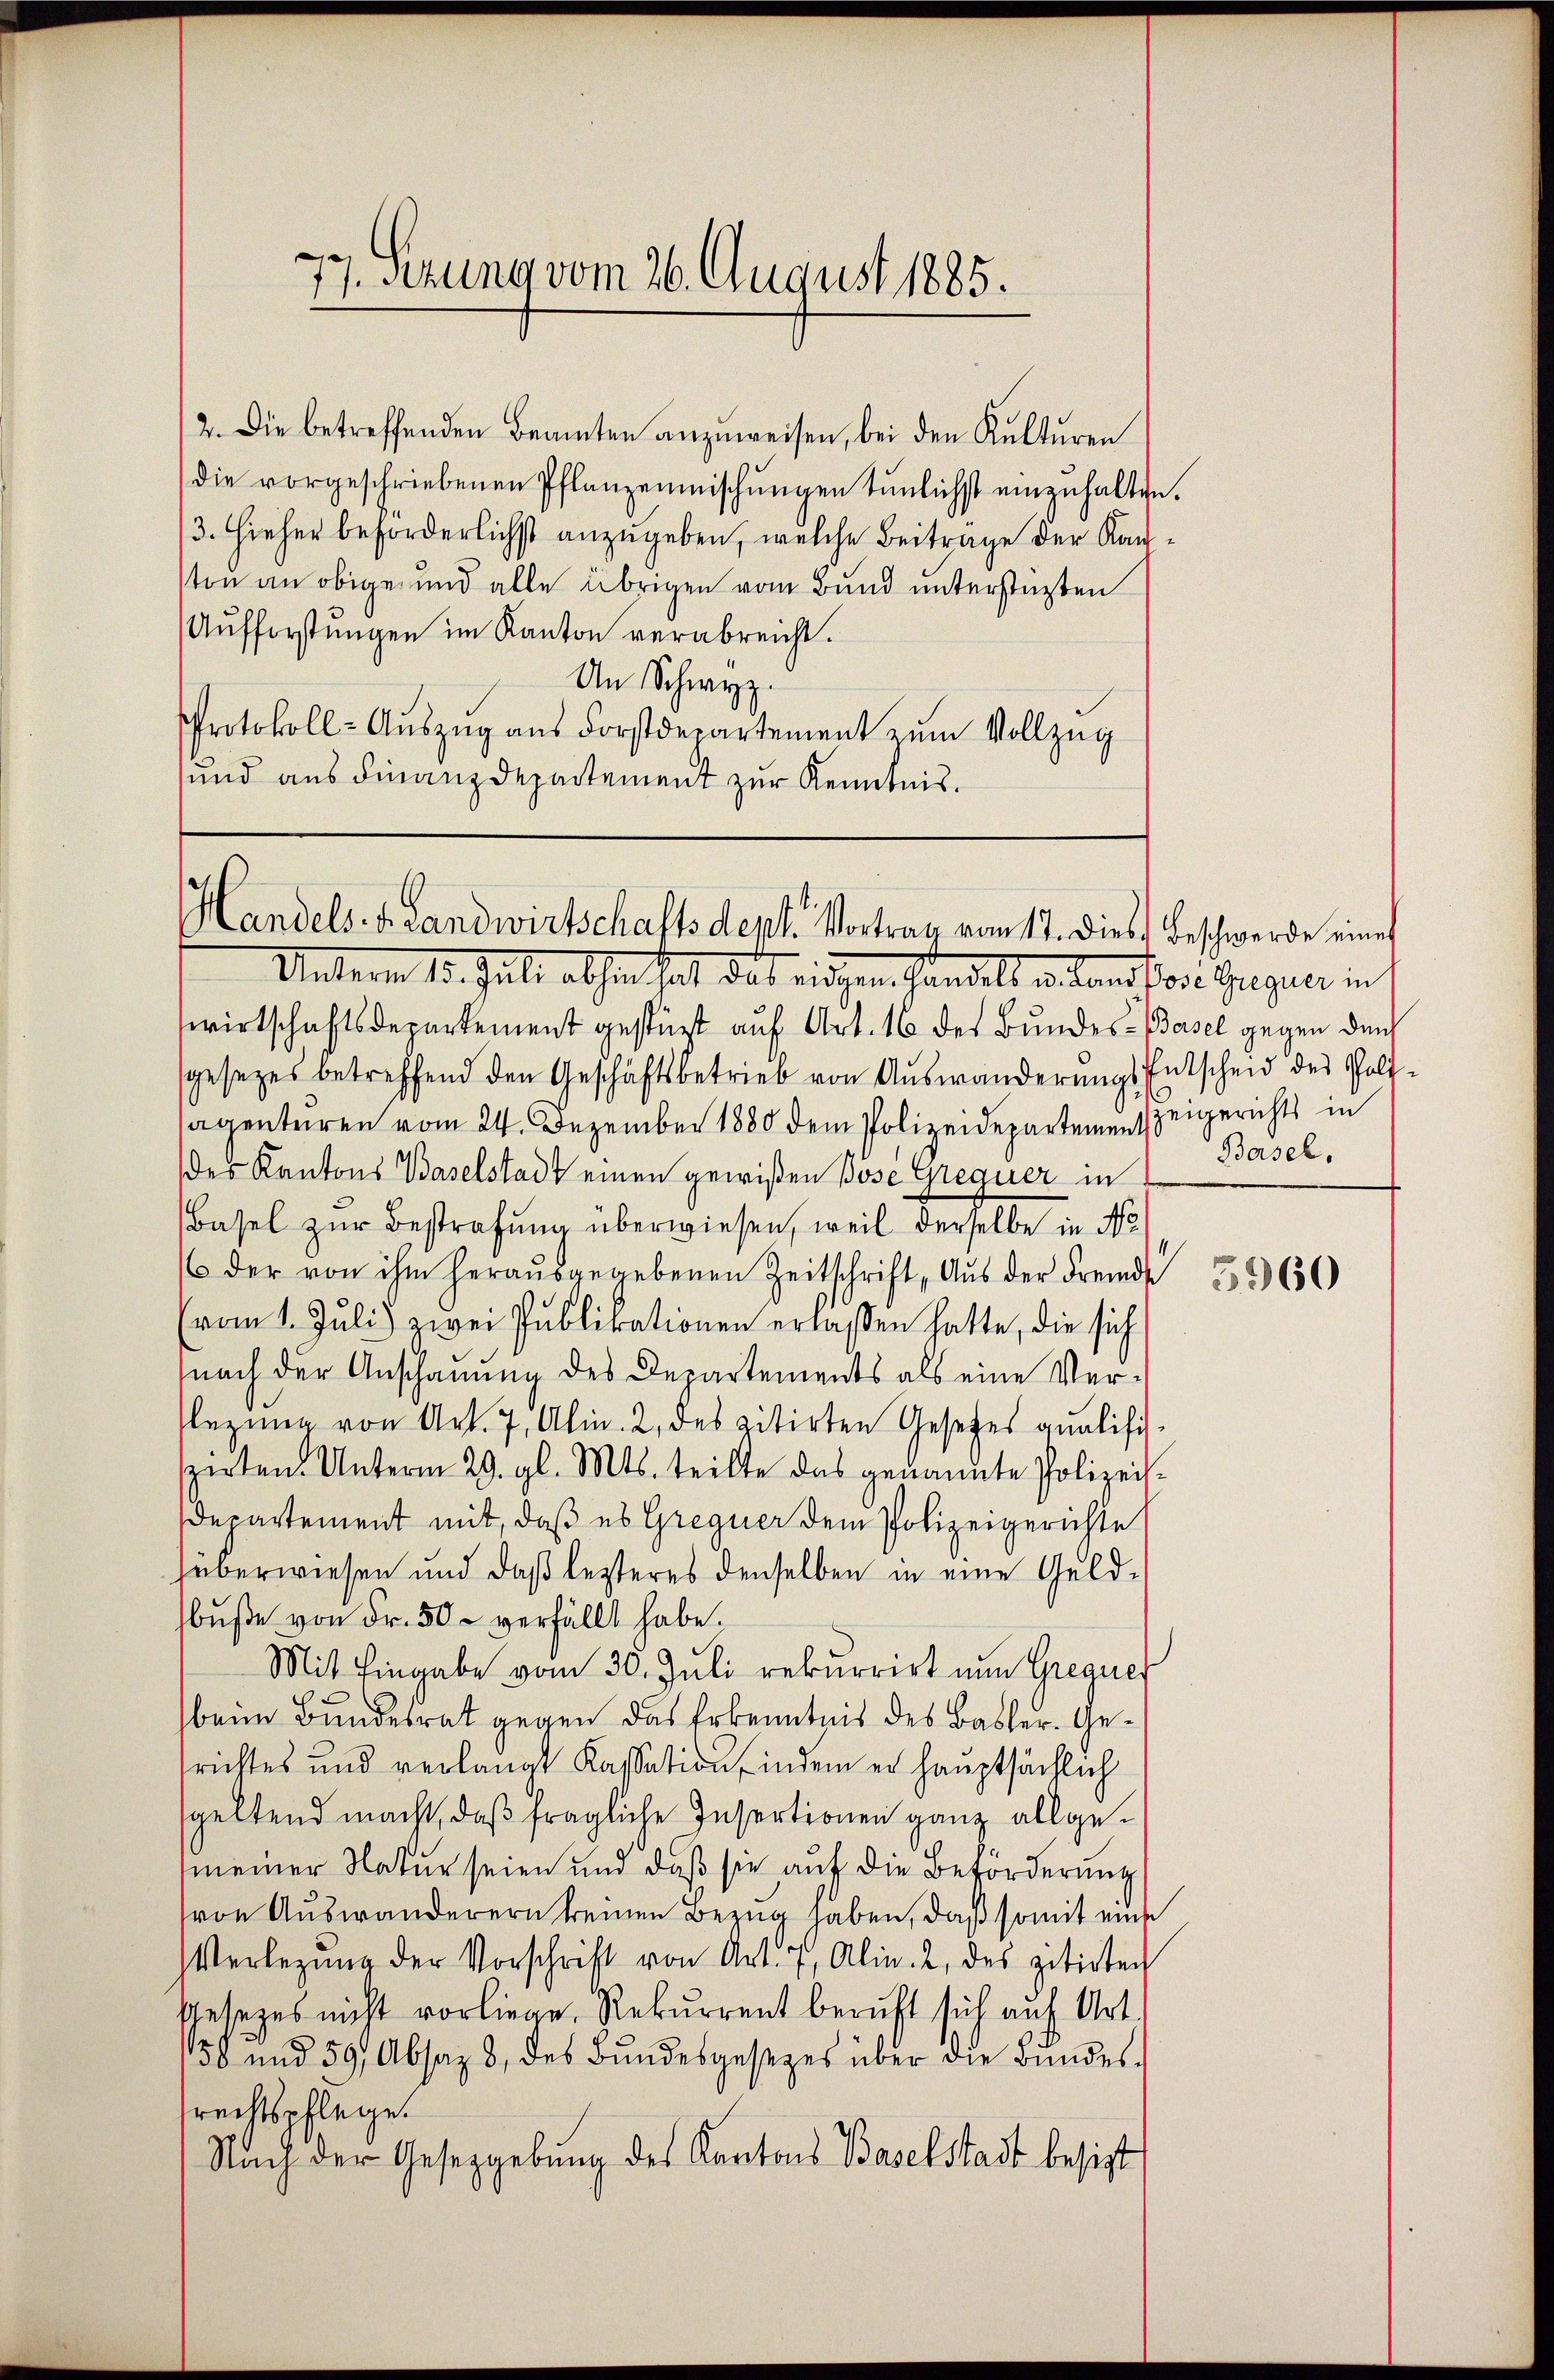
17. Azung vom 26. August 1885.

2. Die betreffenden Beamten anzuweisen, bei den Kulturen
die vorgeschriebenen Pflanzenmischungen tunlichst einzuhalten.
13. Hieher beforderlichst anzugeben, welche Beitrage der Kanton an obige und alle übrigen vom Bund unterstützten
Aŭfforstŭngen im Kanton verabreicht.
An Schwyz.
Protokoll-Auszug aus Forstdepartement zum Vollzug
und aus Finanzdepartement zur Kenntnis.

Handels- u. Landwirtschaftsdept. Vortrag vom 17. dies Beschwerde eines

Unterm 15. Juli abhin hat, das eiden Handelt er Landson Gegner ins
wirtschaftsdepartement gestüzt auf Art. 16 der Bundes-Basel gegen durch
gesezes betreffend den Geschäftsbetrieb von Aŭswänderŭngs Entscheid des Poli-
sagenturen vom 24. Dezember 1880 dem Polizeidepartemen zeigerichts in
des Kantons Baselstadt einen gewißen Böse Gregner in
Basel zur Bestrafung überwiesen, weil derselbe in No
 der von ihm herausgegebenen Zeitschrift, Aus der Fremde
vom 1. Juli) zwei Publikationen erlassen hatte, die sich
nach der Anschauung des Departements als eine Verflegung von Art. 7, Alin. 2, des zitirten Gesetzes analisiperten. Unterm 29. gl. Mts. teilte das genannte Polizei-
Departement mit, daß es Gregner dem Polizeigerichte
überwiesen und daß lezteres denselben in eine Geld-
buße von Fr. 50 - verfällt habe.
Mit Eingabe vom 30. Juli rekurrirt nun Gregier
beim Bundesrat gegen das Erkenntnis des Basler-Gesrichtes und verlangt Kassation, indem er hauptsächlich
speltend macht, daß fragliche Insertionen ganz allgemeiner Natur seien und daß sie auf die Beförderung
von Auswanderern keinen Bezug haben, daß somit eine
Verlegŭng der Vorschrift von Art. 7, Alin. 2, des zitirten
Uesezes nicht vorliege. Rekurrent beruft sich auf Art.
158 und 597 Absaz 8, des Bundesgesezes über die Bundesrechtspflege.
Nach der Gesetzgebung des Kantons Baselstadt besizt

Basel.

5960